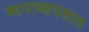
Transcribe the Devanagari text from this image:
आपाआपसात